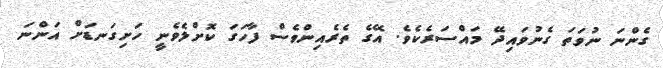
ގެންނަ ނުވަތަ ގެނުވައިދޭ މައްސަރެކެވެ. އޭގެ ތެރެއިންވެސް ފާހަގަ ކޮށްލެވެނީ ހަށިގަނޑަށް އަންނަ